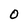
Character: O